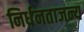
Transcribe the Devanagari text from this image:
निर्धनताजन्य